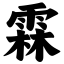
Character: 霖